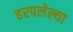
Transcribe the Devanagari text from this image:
हरपलेल्या